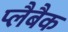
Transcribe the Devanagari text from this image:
प्लैबैक